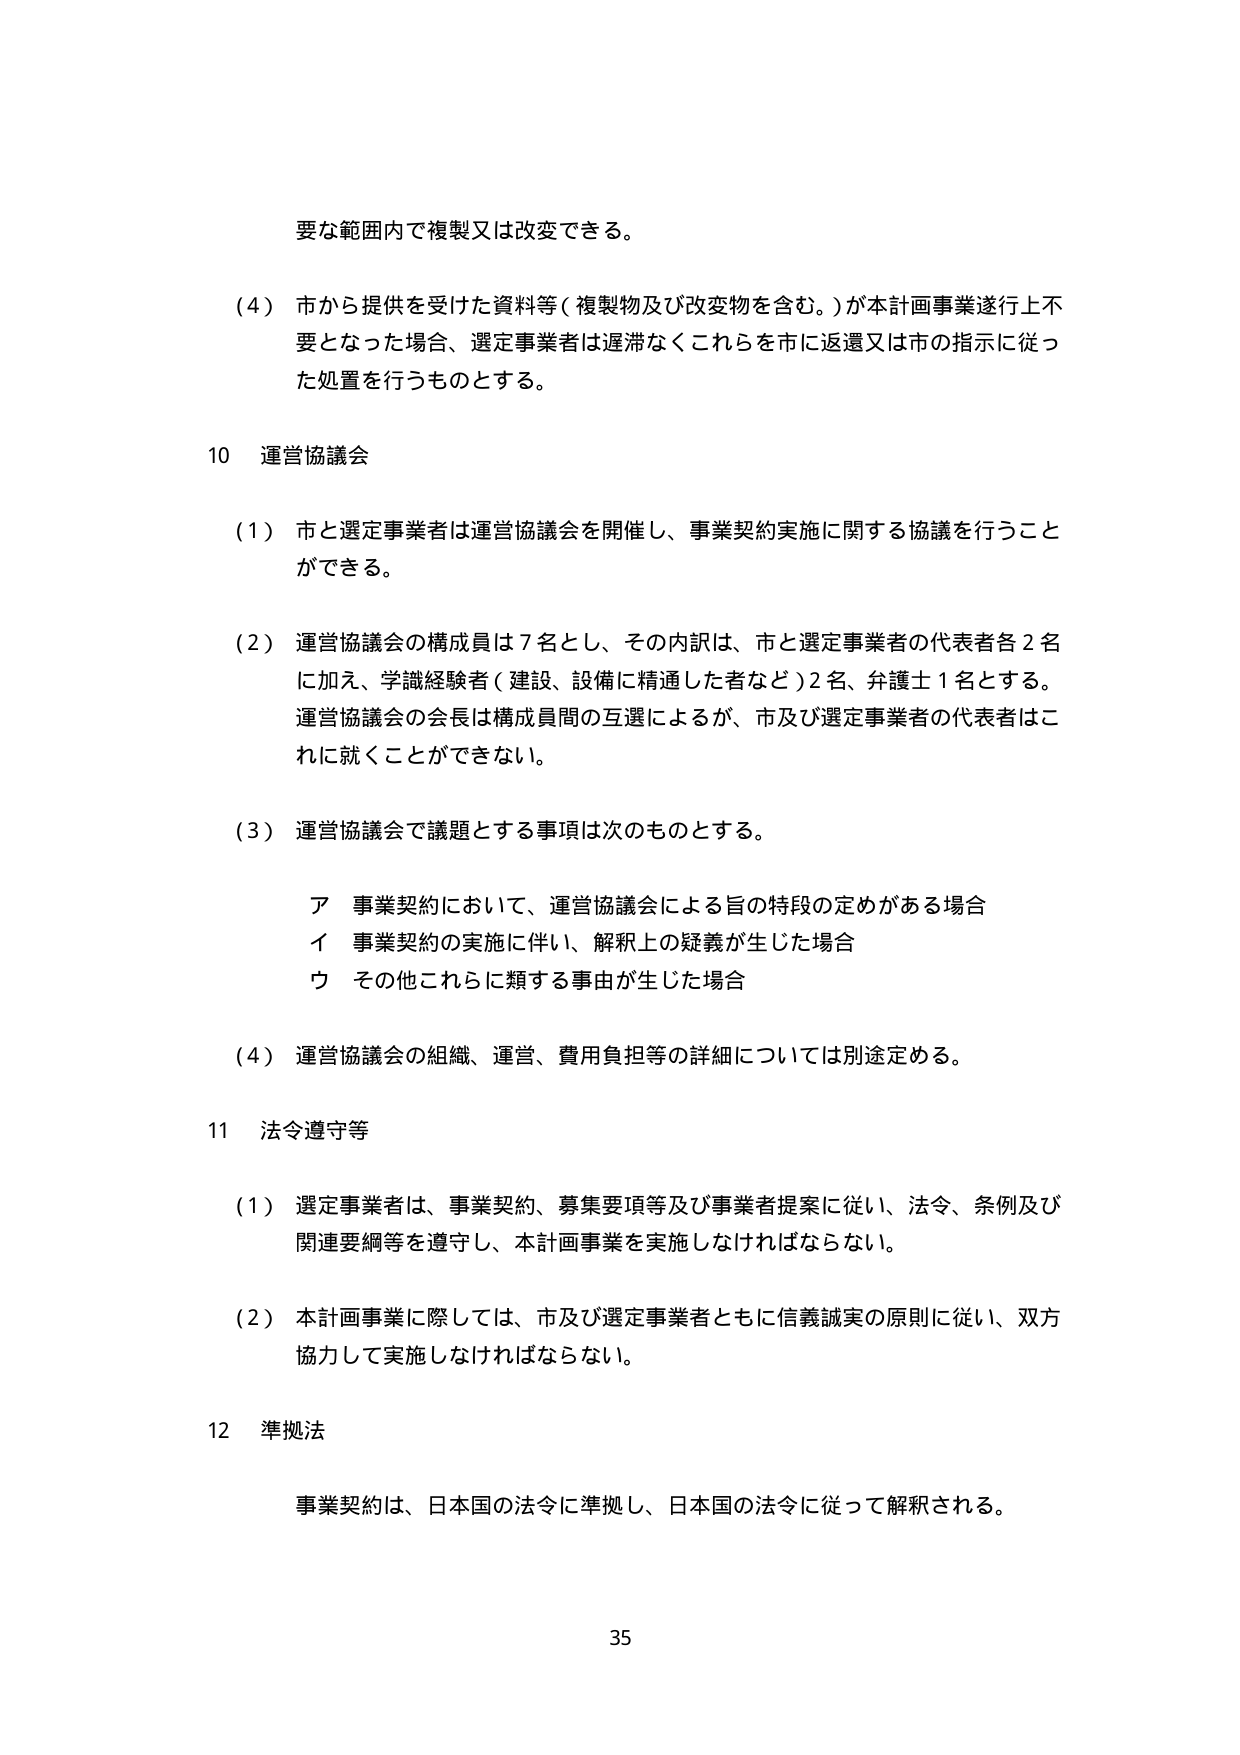
要な範囲内で複製又は改変できる。

（4）市から提供を受けた資料等（複製物及び改変物を含む。）が本計画事業遂行上不要となった場合、選定事業者は遅滞なくこれらを市に返還又は市の指示に従った処置を行うものとする。

10 運営協議会

（1）市と選定事業者は運営協議会を開催し、事業契約実施に関する協議を行うことができる。

（2）運営協議会の構成員は7名とし、その内訳は、市と選定事業者の代表者各2名に加え、学識経験者（建設、設備に精通した者など）2名、弁護士1名とする。運営協議会の会長は構成員間の互選によるが、市及び選定事業者の代表者はこれに就くことができない。

（3）運営協議会で議題とする事項は次のものとする。

　ア 事業契約において、運営協議会による旨の特段の定めがある場合
　イ 事業契約の実施に伴い、解釈上の疑義が生じた場合
　ウ その他これらに類する事由が生じた場合

（4）運営協議会の組織、運営、費用負担等の詳細については別途定める。

11 法令遵守等

（1）選定事業者は、事業契約、募集要項等及び事業者提案に従い、法令、条例及び関連要綱等を遵守し、本計画事業を実施しなければならない。

（2）本計画事業に際しては、市及び選定事業者ともに信義誠実の原則に従い、双方協力して実施しなければならない。

12 準拠法

事業契約は、日本国の法令に準拠し、日本国の法令に従って解釈される。

35